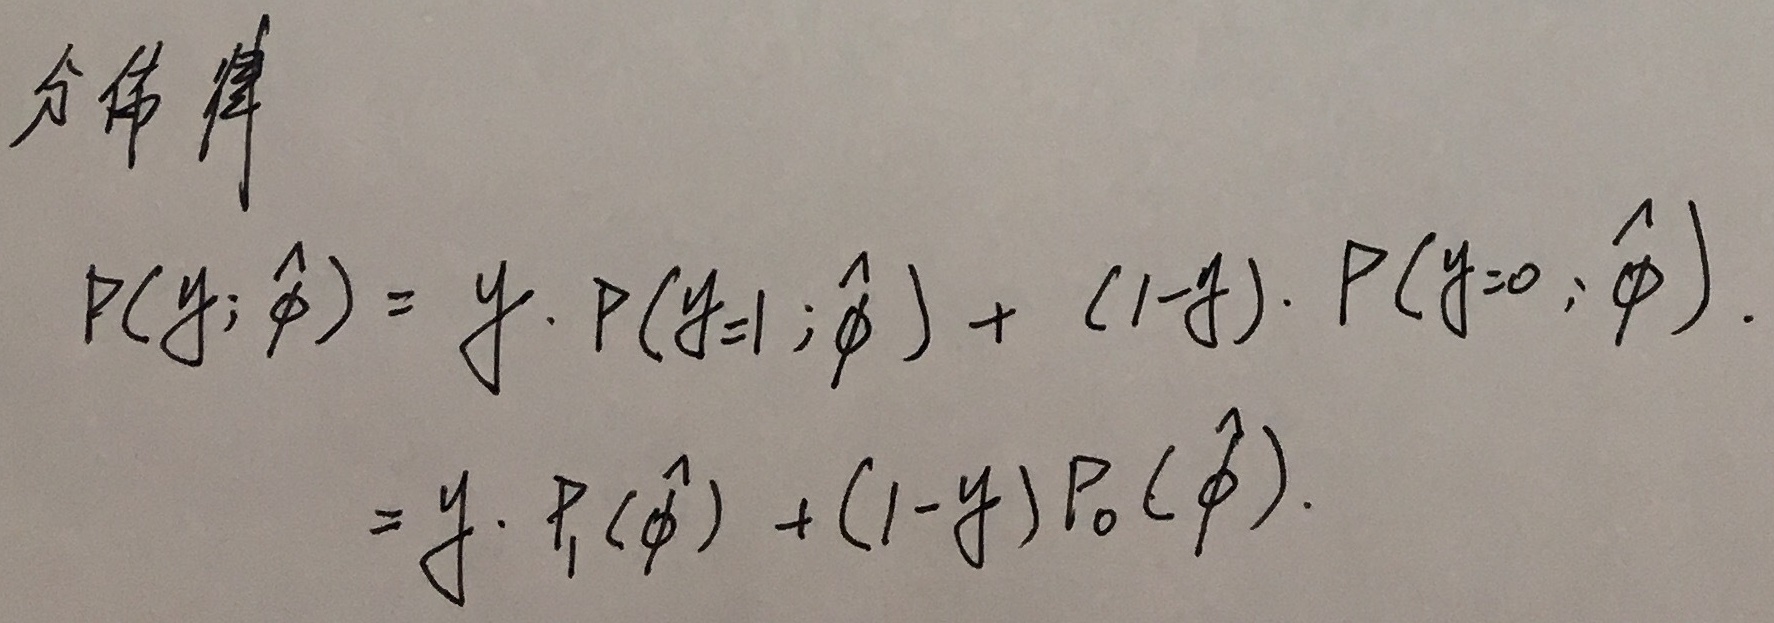
分布律
\[
\begin{align*}
P(y;\hat{\phi})&=y\cdot P(y = 1;\hat{\phi})+(1 - y)\cdot P(y = 0;\hat{\phi})\\
&=y\cdot P_{1}(\hat{\phi})+(1 - y)P_{0}(\hat{\phi})
\end{align*}
\]